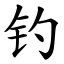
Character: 钓